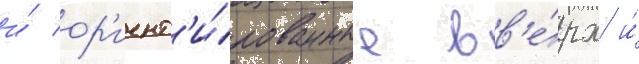
и́ ор'иент'и́рованные вв'е́рх и́